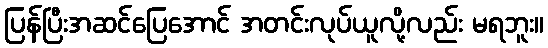
ပြန်ပြီးအဆင်ပြေအောင် အတင်းလုပ်ယူလို့လည်း မရဘူး။